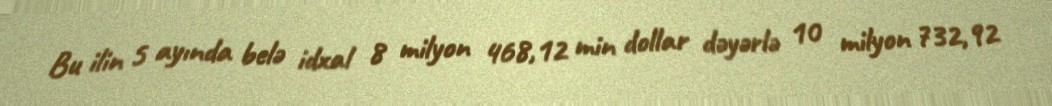
Bu ilin 5 ayında belə idxal 8 milyon 468,12 min dollar dəyərlə 10 milyon 732,92